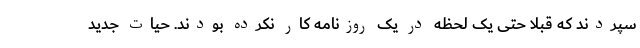
سپردند که قبلا حتی یک لحظه در یک روزنامه کار نکرده بودند. حیات جدید